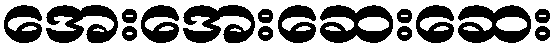
အေးအေးဆေးဆေး